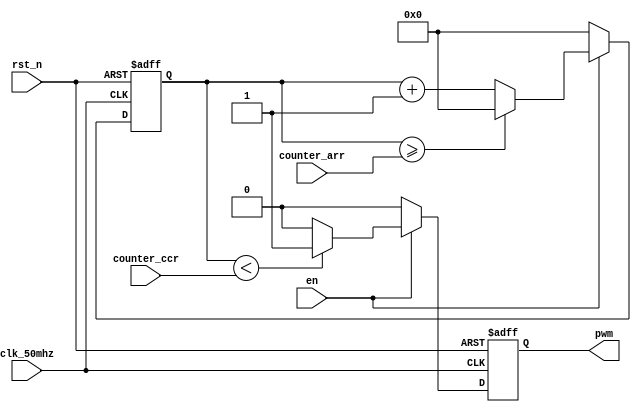
/**
* @brief:
* PWM
* PWMcounter_arrcounter_ccr
*
*                     fclk                                    fclk
* PWMfpwm = -----------------    ---->    counter_arr = ----- - 1
*                  counter_arr + 1                            fpwm
*
*                  counter_ccr
* PWMPW = --------------    ---->    counter_ccr = PW x counter_arr
*                  counter_arr
*/
module pwm_generator(
	input wire clk_50mhz,
	input wire rst_n,
	input wire en,
	input wire [31:0] counter_arr,
	input wire [31:0] counter_ccr,
	output reg pwm
);

// PWM
reg [31:0] cnt;
always @(posedge clk_50mhz or negedge rst_n)
	if (rst_n == 1'b0)
		cnt <= 32'd0;
	else if (en) begin
		if (cnt >= counter_arr)
			cnt <= 32'd0;
		else
			cnt <= cnt + 1'b1;
	end
	else
		cnt <= 32'd0;

// PWM
always @(posedge clk_50mhz or negedge rst_n)
	if (rst_n == 1'b0)
		pwm <= 1'b0;
	else if (en) begin
		if (cnt < counter_ccr)
			pwm <= 1'b1;
		else
			pwm <= 1'b0;
	end
	else
		pwm <= 1'b0;

endmodule